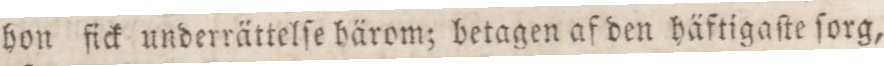
hon fick underrättelſe härom; betagen af den häftigaſte ſorg,